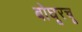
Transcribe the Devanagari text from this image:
बोघूरचू